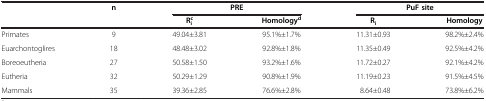
<table><thead><tr><td><b> </b></td><td><b>n</b></td><td colspan="2"><b>PRE</b></td><td colspan="2"><b>PuF site</b></td></tr><tr><td><b> </b></td><td><b> </b></td><td><b>R<sub>i</sub><sup>c</sup></b></td><td><b>Homology<sup>d</sup></b></td><td><b>R<sub>i</sub></b></td><td><b>Homology</b></td></tr></thead><tbody><tr><td>Primates</td><td>9</td><td>49.04±3.81</td><td>95.1%±1.7%</td><td>11.31±0.93</td><td>98.2%±2.4%</td></tr><tr><td>Euarchontoglires</td><td>18</td><td>48.48±3.02</td><td>92.8%±1.8%</td><td>11.35±0.49</td><td>92.5%±4.2%</td></tr><tr><td>Boreoeutheria</td><td>27</td><td>50.58±1.50</td><td>93.2%±1.6%</td><td>11.72±0.27</td><td>92.1%±4.2%</td></tr><tr><td>Eutheria</td><td>32</td><td>50.29±1.29</td><td>90.8%±1.9%</td><td>11.19±0.23</td><td>91.5%±4.5%</td></tr><tr><td>Mammals</td><td>35</td><td>39.36±2.85</td><td>76.6%±2.8%</td><td>8.64±0.48</td><td>73.8%±6.2%</td></tr></tbody></table>